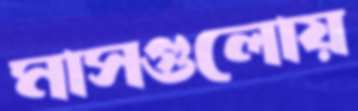
মাসগুলোয়